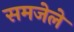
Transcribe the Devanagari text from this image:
समजेले